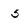
Character: 5